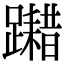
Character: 𨆮